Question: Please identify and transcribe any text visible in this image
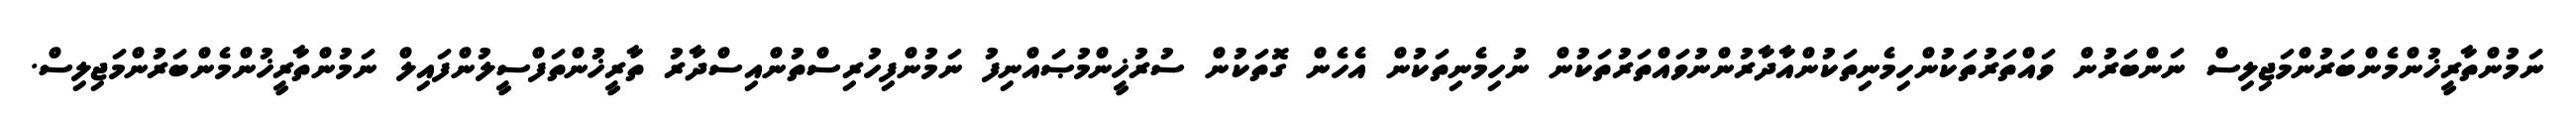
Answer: ނަމުންތާރީޚުންމެންބަރުންމަޖިލިސް ނަންބަރުން ވައްތަރުތަކުންހިމެނިތަކުންއާދާރުންނުވައްތަރުތަކުން ނުހިމެނިތަކުން އެހެން ގޮތަކުން ސުރުޚީންމުޞައްނިފު ނަމުންފިހުރިސްތުންއިސްދާރު ތާރީޚުންތަފްސީލުންފައިލް ނަމުންތާރީޚުންމެންބަރުންމަޖިލިސް.